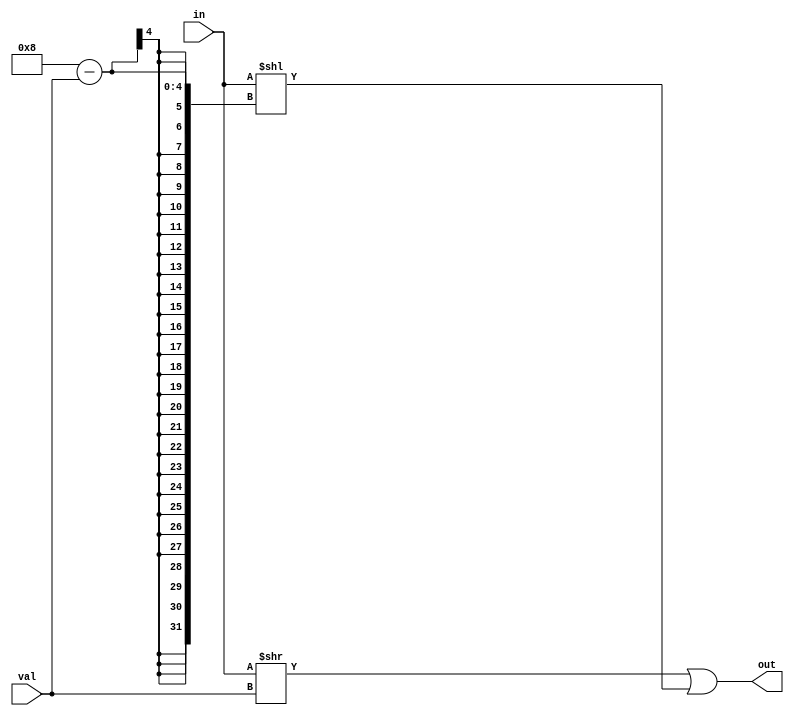
`timescale 1ns / 1ps
//////////////////////////////////////////////////////////////////////////////////
// Company: 
// Engineer: 
// 
// Design Name: 
// Module Name: Shifter
// Project Name: 
// Target Devices: 
// Tool Versions: 
// Description: 
// 
// Dependencies: 
// 
// Revision:
// Revision 0.01 - File Created
// Additional Comments:
// 
//////////////////////////////////////////////////////////////////////////////////


module Shifter(

    input [7:0] in,
    input [2:0] val,
    output reg [7:0] out

    );
    
    integer i;
    
    
    
    always @(*)
    begin
        
        
        out = (in >> val) | (in << 8 - val);
        
        /*
            Dpdv logic, aceasta operatie reprezinta ROL.
            
            Practic, eu iau input ul meu, il shiftez in 
            directia pe care vreau sa rotesc input ul si 
            fac SAU cu input ul meu shiftat invers
            de nr.biti-val ori.
            
            In felul acesta eu mut in directia in care vreau
            sa rotesc , bitii si cei care au "disparut"
            sunt adusi de catre operatia de SAU pe care o fac
            cu input ul meu shiftat in mod COMPLEMENTAR in directia
            opusa.
            
            Asa , eu prin shiftarea in mod complementar si prin SAU
            aduc la inceput bitii pe care ii pierd prin shiftare normala
            si restul de biti sunt copiati tot prin SAU.
        */
    
    
    end
    
    
endmodule